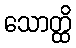
သောတ္ထိ